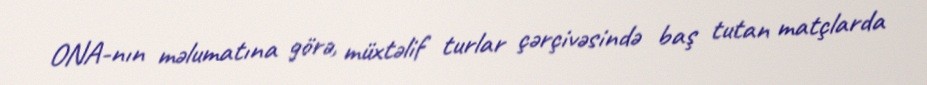
ONA-nın məlumatına görə, müxtəlif turlar çərçivəsində baş tutan matçlarda